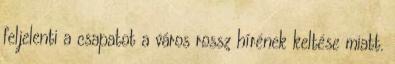
feljelenti a csapatot a város rossz hírének keltése miatt.